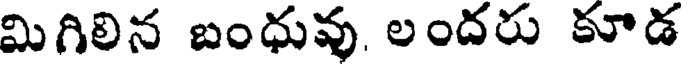
మిగిలిన బంధువు లందరు కూడ